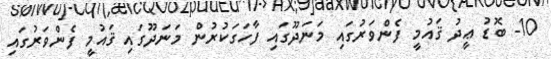
10- ބޮޑު ޢީދު ޤައުމީ ފެންވަރުގައި މަނަދޫގައި ފާހަގަކުރުން މަނަދޫގައި ޤައުމީ ފެންވަރުގައި